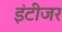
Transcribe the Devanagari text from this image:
इंटीजर